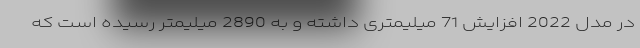
در مدل 2022 افزایش 71 میلیمتری داشته و به 2890 میلیمتر رسیده است که